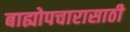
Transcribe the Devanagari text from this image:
बाह्योपचारासाठी